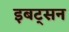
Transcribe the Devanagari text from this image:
इबट्सन